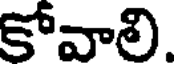
కోవాలి.